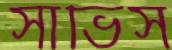
সার্ভিস